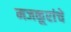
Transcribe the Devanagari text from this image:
मजकूरांचे